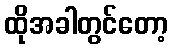
ထိုအခါတွင်တော့